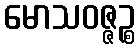
မောသဝဇ္ဇဉ္စ